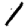
Digit: 1